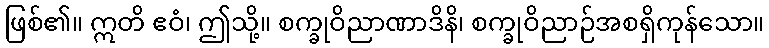
ဖြစ်၏။ ဣတိ ဧဝံ၊ ဤသို့။ စက္ခုဝိညာဏာဒိနိ၊ စက္ခုဝိညာဉ်အစရှိကုန်သော။